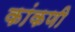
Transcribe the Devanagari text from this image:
कांकणी